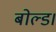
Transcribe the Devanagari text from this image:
बोल्ड।